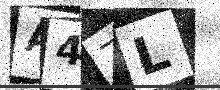
Text: A4ZL